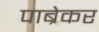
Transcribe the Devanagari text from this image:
पाब्रेकर